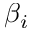
\beta _ { i }